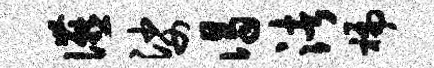
宴娑谒渚褊